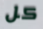
كل